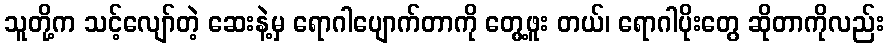
သူတို့က သင့်လျော်တဲ့ ဆေးနဲ့မှ ရောဂါပျောက်တာကို တွေ့ဖူး တယ်၊ ရောဂါပိုးတွေ ဆိုတာကိုလည်း